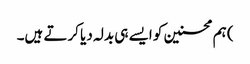
) ہم محسنین کو ایسے ہی بدلہ دیا کرتے ہیں۔